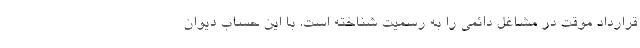
قرارداد موقت در مشاغل دائمی را به رسمیت شناخته است. با این حساب دیوان